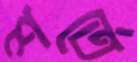
শর্তে